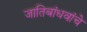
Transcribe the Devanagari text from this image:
जातिबांधवांचे